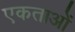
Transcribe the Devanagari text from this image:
एकताओं